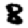
Digit: 8